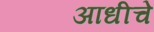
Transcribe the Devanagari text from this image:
अाधीचे